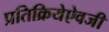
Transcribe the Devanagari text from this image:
प्रतिक्रियेऐवजी